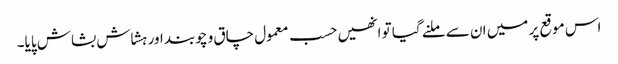
اس موقع پر میں ان سے ملنے گیا تو انھیں حسب معمول چاق و چوبند اور ہشاش بشاش پایا۔